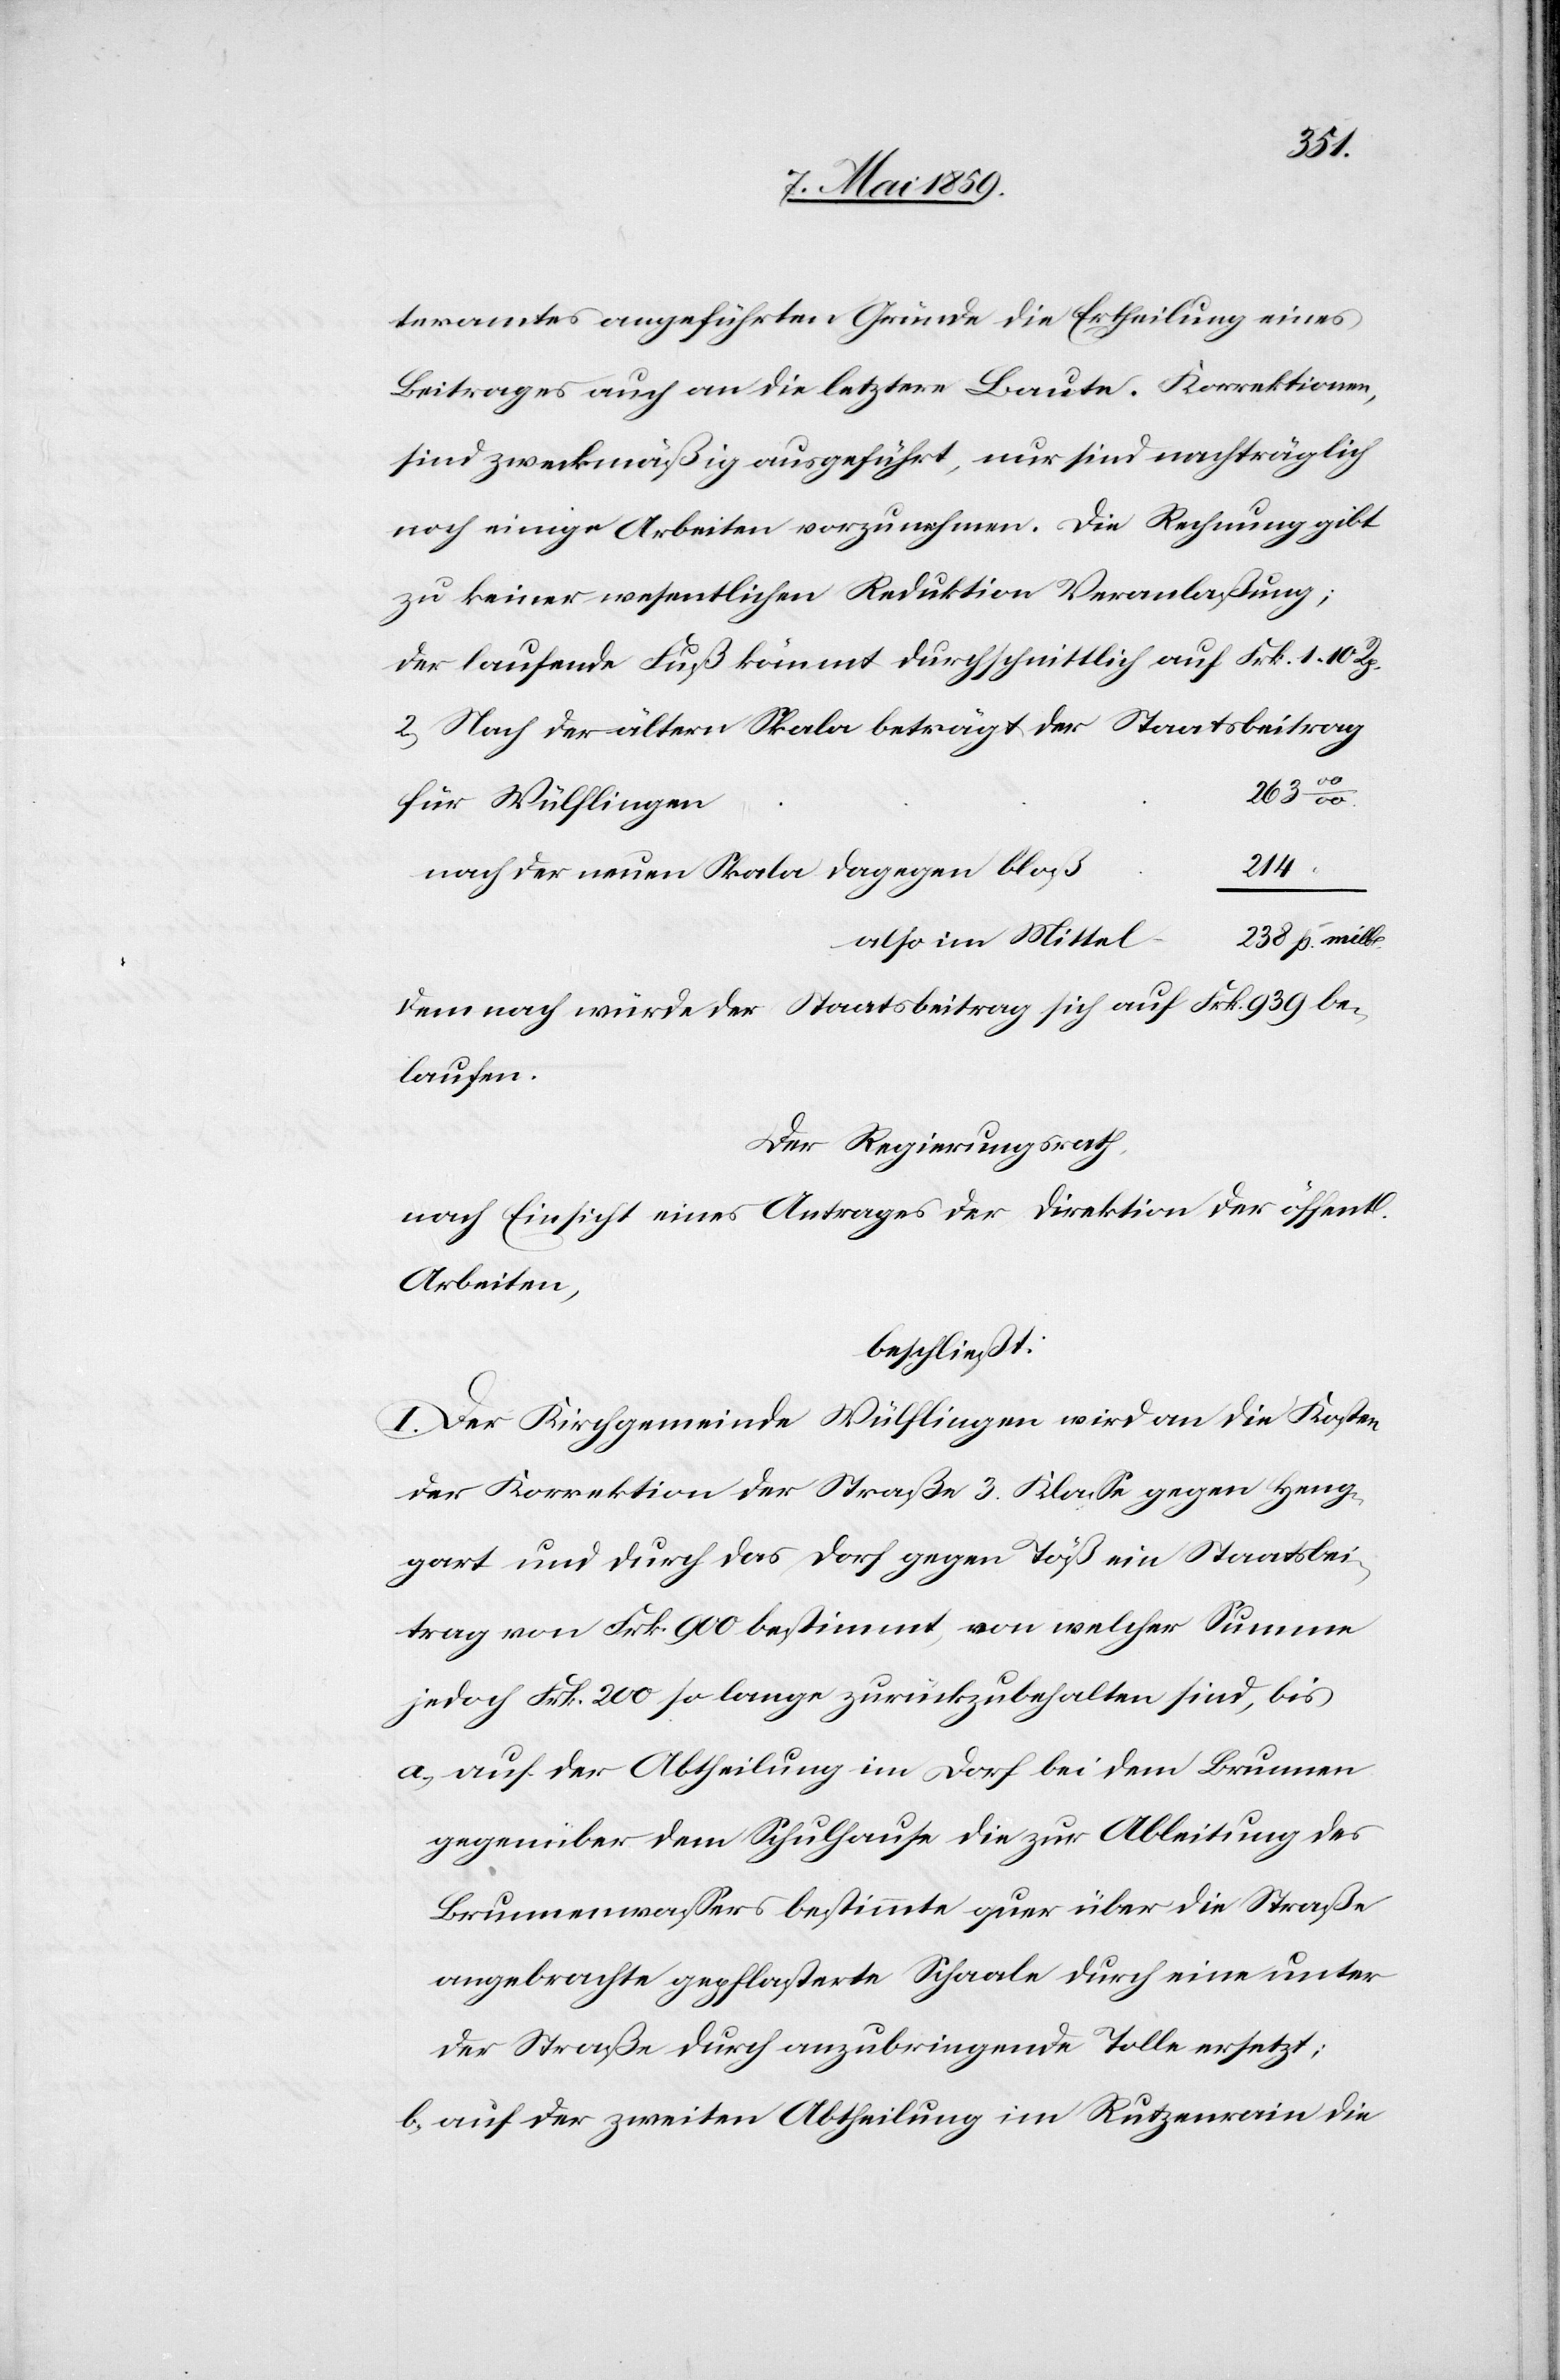
teramtes angeführten Gründe die Ertheilung eines
Beitrages auch an die letztere Baute. Korrektionen,
sind zweckmäßig ausgeführt, nur sind nachträglich
noch einige Arbeiten vorzunehmen. Die Rechnung gibt
zu keiner wesentlichen Reduktion Veranlaßung;
der laufende Fuß kömmt durchschnittlich auf Frk. 1.10 Rp.
2) Nach der ältern Skala beträgt der Staatsbeitrag
“
also im
für Wülflingen
214
nach der neuen Skala dagegen
238 p. mille
demnach würde der Staatsbeitrag sich auf Frk. 939 be¬
laufen.
Der Regierungsrath,
nach Einsicht eines Antrages der Direktion der öffentl.
Arbeiten,
beschließt:
I. Der Kirchgemeinde Wülflingen wird an die Kosten
der Korrektion der Straße 3. Klaße gegen Heng¬
gart und durch das Dorf gegen Töß ein Staatsbei¬
trag von Frk. 900 bestimmt, von welcher Summe
jedoch Frk. 200 so lange zurückzubehalten sind, bis
a) auf der Abtheilung im Dorf bei dem Brunnen
gegenüber dem Schulhause die zur Ableitung des
Brunnenwaßers bestimmte quer über die Straße
angebrachte gepflasterte Schaale durch eine unter
der Straße durch anzubringende Tolle ersetzt;
b) auf der zweiten Abtheilung im Rutzenrain die